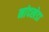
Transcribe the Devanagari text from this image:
नांदखेडा